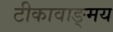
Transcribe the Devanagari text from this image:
टीकावाङ्मय